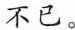
不已。